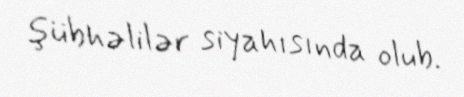
şübhəlilər siyahısında olub.